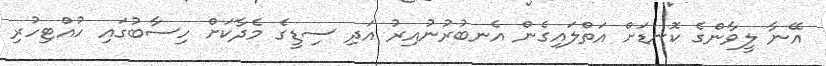
އޭނާ ލީވާންގެ ކޮނޑަށް އަތްލައިގެން އެނބުރުނުއިރު އަދި ސިޑީގެ މެދާކަށް ހިސާބުގައި ހުއްޓިހުރި